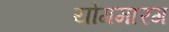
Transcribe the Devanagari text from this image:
योगमारग